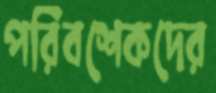
পরিবশেকদের